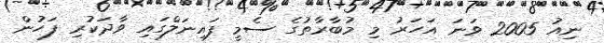
ނިއު 2005 ވަނަ އަހަރު މި މުބާރާތުގެ ސެމީ ފައިނަލްގައި ވާދަކުރި ފަހުން